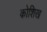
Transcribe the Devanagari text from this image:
कोशिख